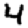
Digit: 4